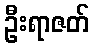
ဦးရာဇတ်